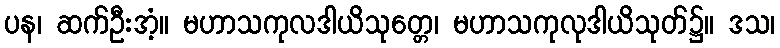
ပန၊ ဆက်ဦးအံ့။ မဟာသကုလဒါယိသုတ္တေ၊ မဟာသကုလုဒါယိသုတ်၌။ ဒသ၊